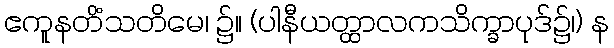
ဧကူနတိံသတိမေ၊ ၌။ (ပါနီယတ္ထာလကသိက္ခာပုဒ်၌၊) န